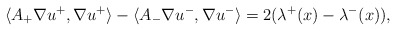
\begin{align*}\langle A_+ \nabla u^{+}, \nabla u^{+} \rangle - \langle A_- \nabla u^{-}, \nabla u^{-} \rangle = 2(\lambda^{+}(x) - \lambda^{-}(x)),\end{align*}